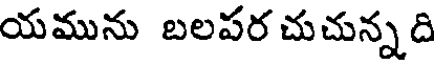
యమును బలపర చుచున్నది